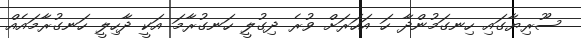
ސޫރިޔާގައި ހިނގަމުންދާ ހަ އަހަރަށް ވުރެ ދިގުލީ ހަނގުރާމަ އަކީ ދާހިލީ ހަނގުރާމައެއް